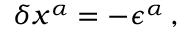
\delta x ^ { \alpha } = - \epsilon ^ { \alpha } \, ,